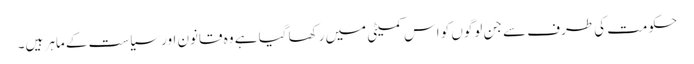
حکومت کی طرف سے جن لوگوں کو اس کمیٹی میں رکھا گیا ہے وہ قانون اور سیاست کے ماہر ہیں۔